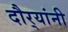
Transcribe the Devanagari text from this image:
दौर्‍यांनी